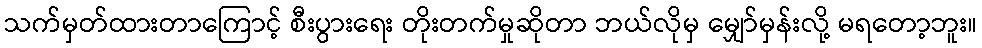
သက်မှတ်ထားတာကြောင့် စီးပွားရေး တိုးတက်မှုဆိုတာ ဘယ်လိုမှ မျှော်မှန်းလို့ မရတော့ဘူး။